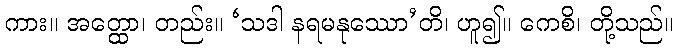
ကား။ အတ္ထော၊ တည်း။ ‘သဒါ နရမနုဿော’တိ၊ ဟူ၍။ ကေစိ၊ တို့သည်။